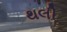
થલી